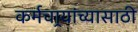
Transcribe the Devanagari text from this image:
कर्मचार्‍यांच्यासाठी